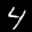
Label: 4